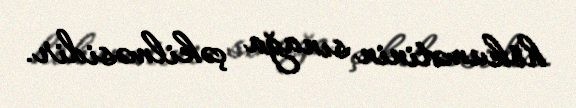
hökumətinin sınağa çəkilməsidir.